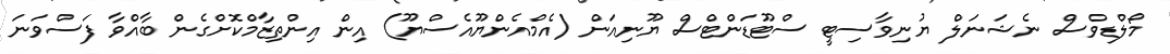
މޯލްޑިވްސް ނެޝަނަލް ޔުނިވާސިޓީ ސްޓޫޑަންޓްސް ޔޫނިއަން (އެމްއެންޔޫއެސްޔޫ) އިން އިންތިޒާމްކޮށްގެން ބާއްވާ ފަސްވަނަ